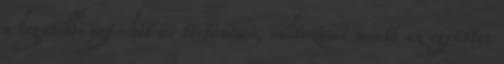
a legutóbbi egy-két év történései, változásai miatt az együttes